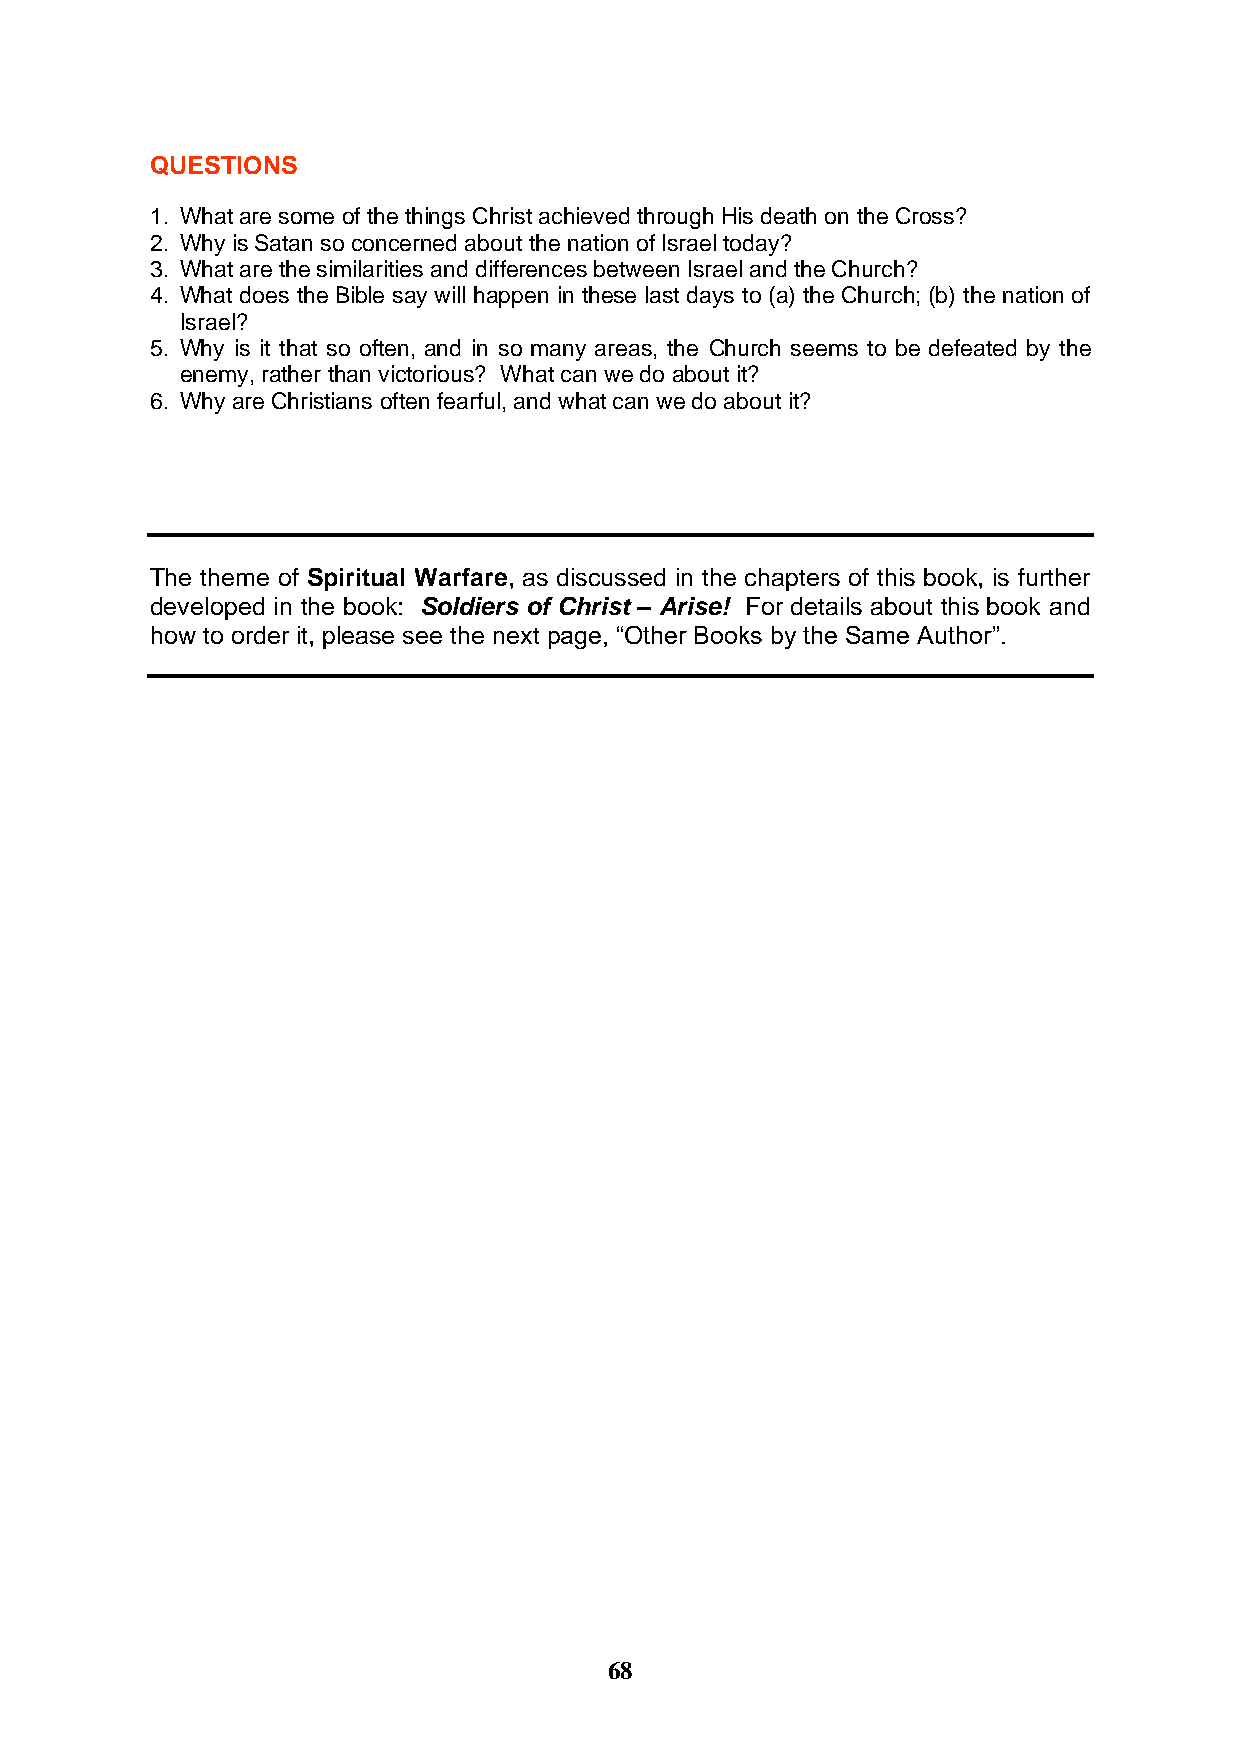
QUESTIONS
 1. What are some of the things Christ achieved through His death on the Cross?
 2. Why is Satan so concerned about the nation of Israel today?
 3. What are the similarities and differences between Israel and the Church?
 4. What does the Bible say will happen in these last days to (a) the Church; (b) the nation of
 Israel?
 5. Why is it that so often, and in so many areas, the Church seems to be defeated by the
 enemy, rather than victorious? What can we do about it?
 6. Why are Christians often fearful, and what can we do about it?
 The theme of Spiritual Warfare, as discussed in the chapters of this book, is further
 developed in the book: Soldiers of Christ – Arise! For details about this book and
 how to order it, please see the next page, “Other Books by the Same Author”.
 68